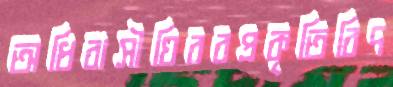
অধিবাসীঘিরবপ্রকৃতিবিদ